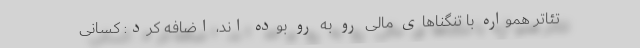
تئاتر همواره با تنگناهای مالی رو به رو بوده اند، اضافه کرد: کسانی